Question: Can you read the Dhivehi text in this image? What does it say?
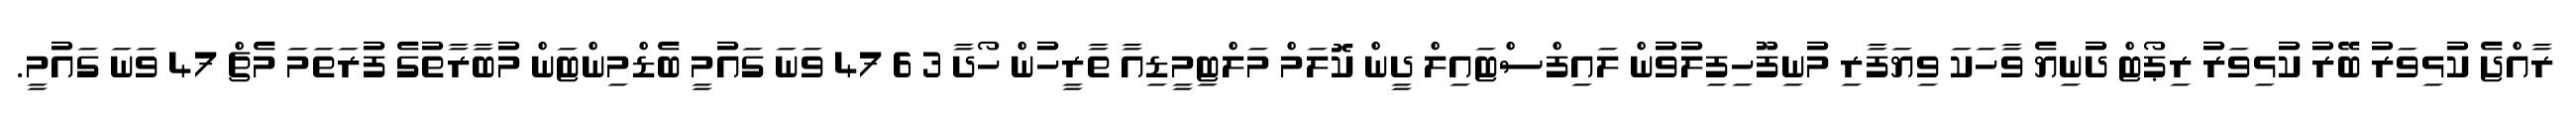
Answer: ރާއްޖެ ކުޅިވަރު ބޭރު ކުޅިވަރު ރިޕޯޓް ދުނިޔެ ވާހަކަ ވިޔަފާރި މުނިފޫހިފިލުވުން ލައިފްސްޓައިލް ދީން ކޮލަމް މަލްޓިމީޑިއާ ތާރީހުން ހޯދާ 3 6 47 ވަނަ ގައުމީ ބެޑްމިންޓަން މުބާރާތުގެ ފުރަތަމަ މެޗް 47 ވަނަ ގައުމީ.